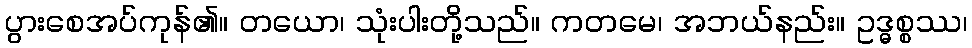
ပွားစေအပ်ကုန်၏။ တယော၊ သုံးပါးတို့သည်။ ကတမေ၊ အဘယ်နည်း။ ဥဒ္ဓစ္စဿ၊